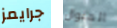
جرايمز المنوال